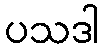
ပသဒါ